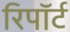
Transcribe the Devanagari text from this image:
रिपॉर्ट